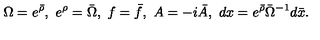
\Omega = e ^ { \bar { \rho } } , \ e ^ { \rho } = \bar { \Omega } , \ f = \bar { f } , \ A = - i \bar { A } , \ d x = e ^ { \bar { \rho } } \bar { \Omega } ^ { - 1 } d \bar { x } .